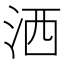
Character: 洒